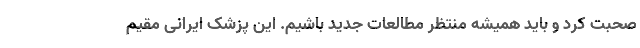
صحبت کرد و باید همیشه منتظر مطالعات جدید باشیم. این پزشک ایرانی مقیم